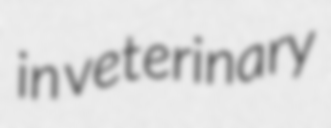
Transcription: in veterinary